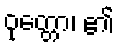
ဝုတ္တော၊ ၏